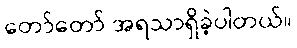
တော်တော် အရသာရှိခဲ့ပါတယ်။